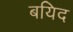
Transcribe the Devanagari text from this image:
बयिद